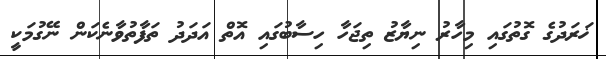
ޚަރަދުގެ ގޮތުގައި މިހާރު ނިޔާޒު ތިޖަހާ ހިސާބުގައި އޮތް އަދަދު ތަފާތުވާނެކަން ނޭގުމަކީ